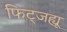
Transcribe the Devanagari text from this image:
फिट्जह्यू